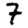
Digit: 7